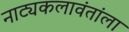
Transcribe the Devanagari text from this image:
नाट्यकलावंतांला